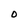
Character: 0